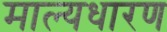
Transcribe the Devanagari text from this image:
माल्यधारण